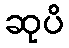
ဆုပိ